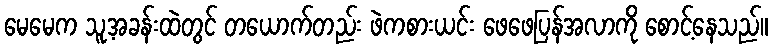
မေမေက သူ့အခန်းထဲတွင် တယောက်တည်း ဖဲကစားယင်း ဖေဖေပြန်အလာကို စောင့်နေသည်။